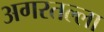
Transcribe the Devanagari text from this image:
अगरतल्ला